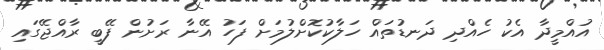
އުއްމީދާ އެކު ހެއްދި ދަނޑުތައް ހަލާކުކޮށްލުމަށް ފަހު އޭނާ ރަށުން ފޭބީ ރާއްޖޭގައި